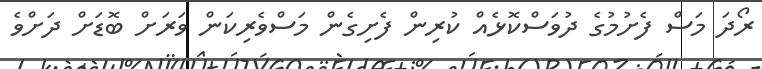
ރޯދަ މަސް ފެށުމުގެ ދުވަސްކޮޅެއް ކުރިން ފެށިގެން މަސްވެރިކަން ވަރަށް ބޮޑަށް ދަށްވެ